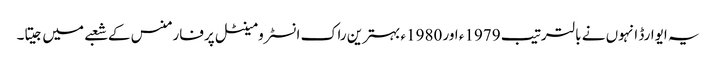
یہ ایوارڈ انہوں نے بالترتیب 1979ء اور 1980ء بہترین راک انسٹرومینٹل پرفارمنس کے شعبے میں جیتا۔